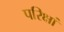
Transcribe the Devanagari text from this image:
परिक्षां